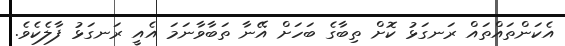
އެކަންތައްތައް ރަނގަޅު ކޮށް ތިބާގެ ބަހަށް އޭނާ ތަބާވާނަމަ އެއީ ރަނގަޅު ފާލެކެވެ.